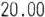
20.00